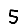
Digit: 5